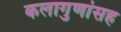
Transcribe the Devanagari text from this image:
कलागुणांसह